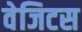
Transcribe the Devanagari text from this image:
वेजिटस